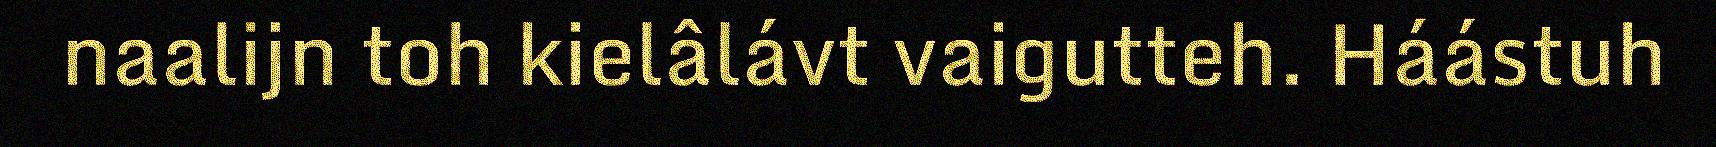
naalijn toh kielâlávt vaigutteh. Háástuh